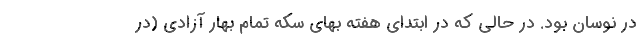
در نوسان بود. در حالی که در ابتدای هفته بهای سکه تمام بهار آزادی (در